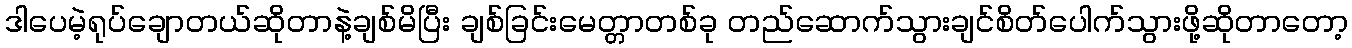
ဒါပေမဲ့ရုပ်ချောတယ်ဆိုတာနဲ့ချစ်မိပြီး ချစ်ခြင်းမေတ္တာတစ်ခု တည်ဆောက်သွားချင်စိတ်ပေါက်သွားဖို့ဆိုတာတော့